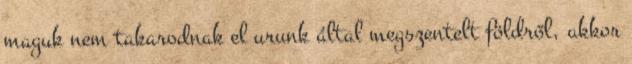
maguk nem takarodnak el urunk által megszentelt földről, akkor